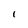
Character: 1